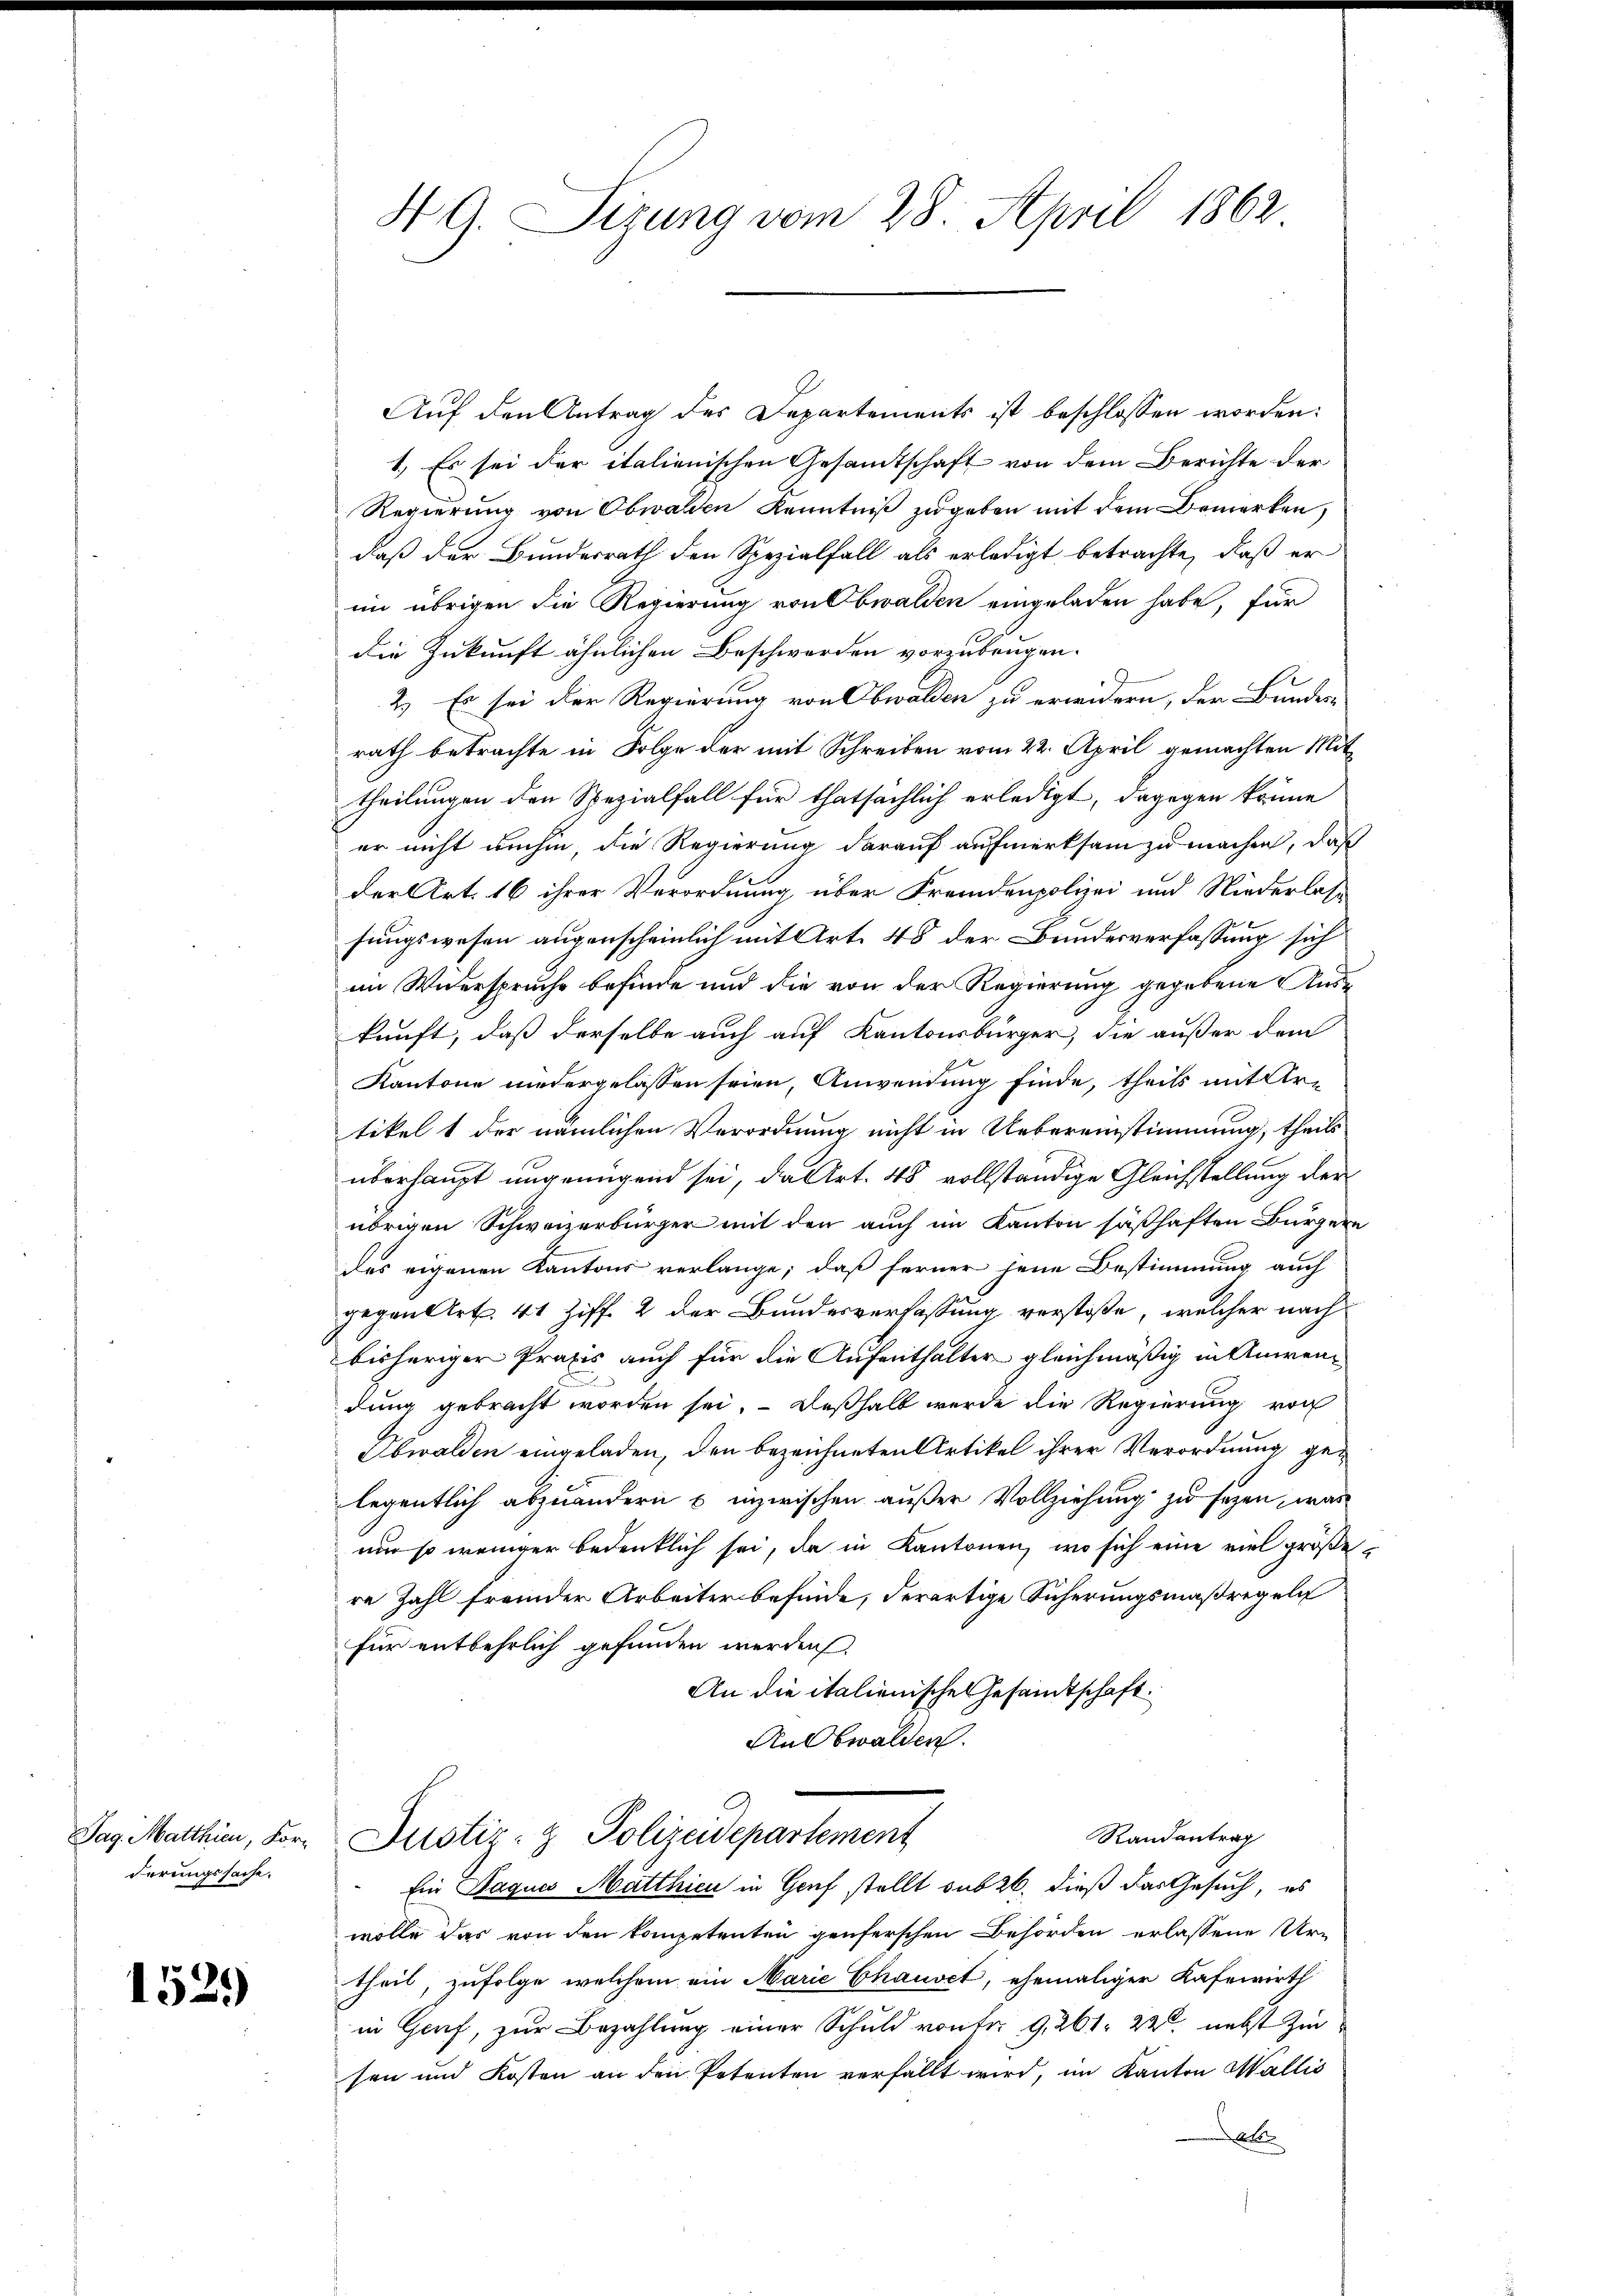
Tag. Matthien, Forderungssache.

1529

H G. Sizung vom 28. April 1862

Auf den Antrag des Departements ist beschlossen worden:
1.) Es sei der italienischen Gesamtschaft von dem Berichte der
Regierŭng von Obwalden Kenntniβ zŭgeben mit dem Bemerken,
daß der Bundesrath den Spezialfall als erledigt betrachte, daß er
im übrigen die Regierung von Obwalden eingeladen habe, für
die Zukunft ähnlichen Beschwerden vorzubeugen.
2.) Es sei der Regierung von Obwalden zu erwidern, der Bundes-
rath betrachte in Folge der mit Schreiben vom 22. April gemachten Mit
theilungen den Spezialfall für thatsächlich erledigt, dagegen könne
er nicht umhin, die Regierung darauf aufmerksam zu machen, daß
der Art. 16 ihrer Verordnung, über Fremdenpolizei und Niederlass
sungswesen augenscheinlich mit Art. 48 der Bundesverfassung sich
im Widerspruche befinde und die von der Regierung gegebene Auskunft, daß derselbe auch auf Kantonsbürger, die außer dem
Kantone niedergelassen seien, Anwendung finde, theils mit Artikel 1 der nämlichen Verordnung nicht in Uebereinstimmung, theils
überhaupt ungenügend sei, da Art. 48 vollständige Gleichstellung der
übrigen Schweizerbürger mit den auch im Kanton säßhaften Bürgern
des eigenen Kantons verlange; daß ferner jene Bestimmung auch
gegen Art. 41 Ziff. 2 der Bundesverfassung verstoße, welcher nach
bisheriger Praxis auch für die Aufenthalter gleichmäßig in Anwendung gebracht worden sei. Deßhalb wurde die Regierung von
bwalden eingeladen, den bezeichneten Artikel ihrer Verordnung gelegentlich abzuändern u. inzwischen außer Vollziehung zu sezen, was
um so weniger bedenklich sei, da in Kantonen, wo sich eine viel größe
re Zahl fremder Arbeiter befinde, derartige Sicherungsmaßregeln
für entbehrlich gefunden werden.
An die italienisches Gesamtschaft.
An Obwalden.
Randantrag
Justiz- & Polizeidepartement
Ein Jaques Matthien in Genf stellt sub 26. dieß das Gesuch, es
wolle das von den kompetenten genferschen Behörden erlassene Ur-
theil, zufolge, welchem ein Marie Chauset, ehemaliger Kasewirth
in Genf, zur Bezahlung einer Schuld vonter G. 261. 22t nebst Zin
sen und Kosten an den Petenten verfällt wird, im Kanton Wallis
A